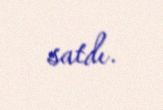
satdı.